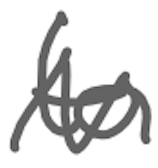
Text: to
Cross-out: zig-zag
Writing tool: digital_gray